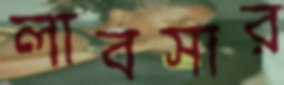
লাবসার